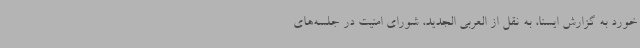
خورد به گزارش ایسنا، به نقل از العربی الجدید، شورای امنیت در جلسه‌های